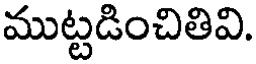
ముట్టడించితివి.